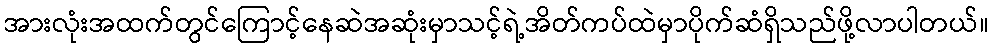
အားလုံးအထက်တွင်ကြောင့်နေဆဲအဆုံးမှာသင့်ရဲ့အိတ်ကပ်ထဲမှာပိုက်ဆံရှိသည်ဖို့လာပါတယ်။